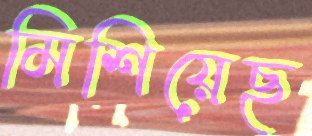
মিশিয়েছ